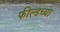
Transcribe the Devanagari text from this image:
फील्डच्या